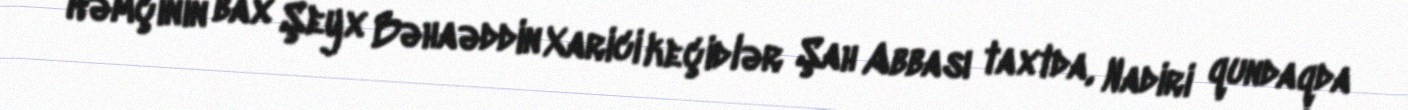
Həmçinin bax Şeyx Bəhaəddin Xarici keçidlər Şah Abbası taxtda, Nadiri qundaqda